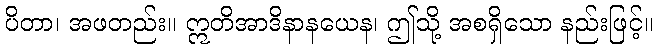
ပိတာ၊ အဖတည်း။ ဣတိအာဒိနာနယေန၊ ဤသို့ အစရှိသော နည်းဖြင့်။